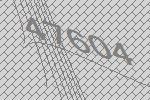
47604